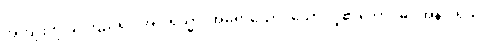
အကျိုးကို ယုံကြည်၍။ အဂါရသ္မာ၊ အိမ်ရာထောင်သော လူ၏ဘောင်မှ။ အနဂါရိယံ၊